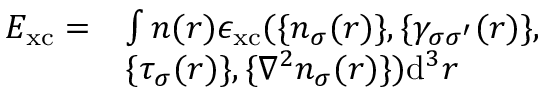
\begin{array} { r l } { E _ { \mathrm { x c } } = } & { \int n ( \boldsymbol { r } ) \epsilon _ { \mathrm { x c } } ( \{ n _ { \sigma } ( \boldsymbol { r } ) \} , \{ \gamma _ { \sigma \sigma ^ { \prime } } ( \boldsymbol { r } ) \} , } \\ & { \{ \tau _ { \sigma } ( \boldsymbol { r } ) \} , \{ \nabla ^ { 2 } n _ { \sigma } ( \boldsymbol { r } ) \} ) \mathrm { d } ^ { 3 } r } \end{array}